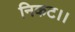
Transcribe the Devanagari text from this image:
निकट।।